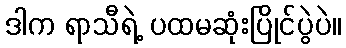
ဒါက ရာသီရဲ့ ပထမဆုံးပြိုင်ပွဲပဲ။